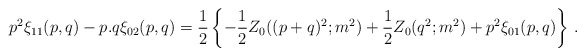
\begin{align*}p^2\xi_{11}(p,q) - p.q\xi_{02}(p,q) = {1\over 2} \left\{-{1\over 2}Z_0((p+q)^2;m^2) + {1\over 2} Z_0(q^2;m^2) + p^2\xi_{01}(p,q)\right\} \, .\end{align*}